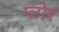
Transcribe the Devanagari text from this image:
ग्लोर